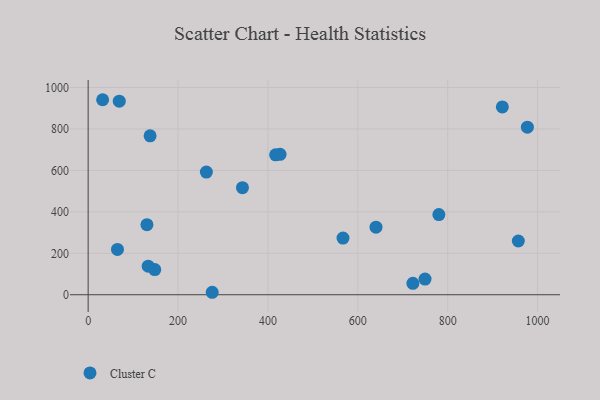
{"axis": {"x": "Investment", "y": "Profit"}, "legend": ["Cluster C"], "data": [{"x": "722.5", "y": 55.2, "type": "Cluster C"}, {"x": "130.8", "y": 338.1, "type": "Cluster C"}, {"x": "567.0", "y": 273.4, "type": "Cluster C"}, {"x": "977.2", "y": 808.8, "type": "Cluster C"}, {"x": "749.5", "y": 75.5, "type": "Cluster C"}, {"x": "427.0", "y": 677.9, "type": "Cluster C"}, {"x": "417.1", "y": 675.4, "type": "Cluster C"}, {"x": "137.8", "y": 766.9, "type": "Cluster C"}, {"x": "32.2", "y": 941.3, "type": "Cluster C"}, {"x": "957.1", "y": 259.5, "type": "Cluster C"}, {"x": "640.4", "y": 326.0, "type": "Cluster C"}, {"x": "343.3", "y": 516.9, "type": "Cluster C"}, {"x": "148.2", "y": 121.5, "type": "Cluster C"}, {"x": "65.2", "y": 218.5, "type": "Cluster C"}, {"x": "69.2", "y": 934.3, "type": "Cluster C"}, {"x": "276.0", "y": 11.9, "type": "Cluster C"}, {"x": "133.6", "y": 137.8, "type": "Cluster C"}, {"x": "921.5", "y": 906.7, "type": "Cluster C"}, {"x": "263.0", "y": 592.2, "type": "Cluster C"}, {"x": "780.3", "y": 387.1, "type": "Cluster C"}]}